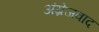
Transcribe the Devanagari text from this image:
अंग्रेजवाद